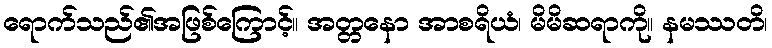
ရောက်သည်၏အဖြစ်ကြောင့်။ အတ္တနော အာစရိယံ၊ မိမိဆရာကို။ နမဿတိ၊